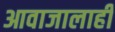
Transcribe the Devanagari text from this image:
आवाजालाही